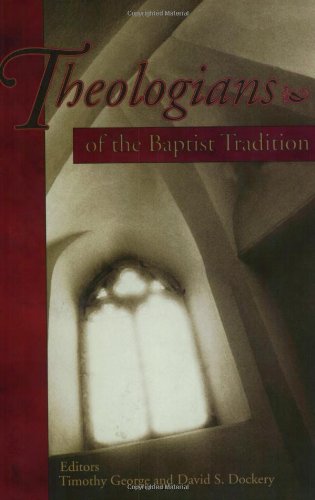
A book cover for Theologians of the Baptist Tradition; Christian Books & Bibles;